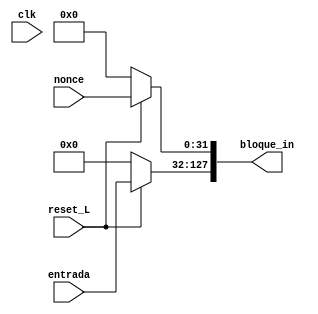
module concatenador (
    input clk,
    input reset_L,
    input [95:0] entrada,
    input [31:0] nonce,
    output [127:0] bloque_in
);
    reg [127:0] bloque_in;

    always @(*) begin
        if (reset_L == 0) begin
            bloque_in = 0;
        end
        else begin
            bloque_in[127:32] = entrada;
            bloque_in[31:0] = nonce;
        end
    end

endmodule